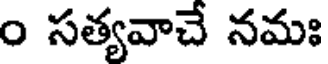
ం సత్యవాచే నమః